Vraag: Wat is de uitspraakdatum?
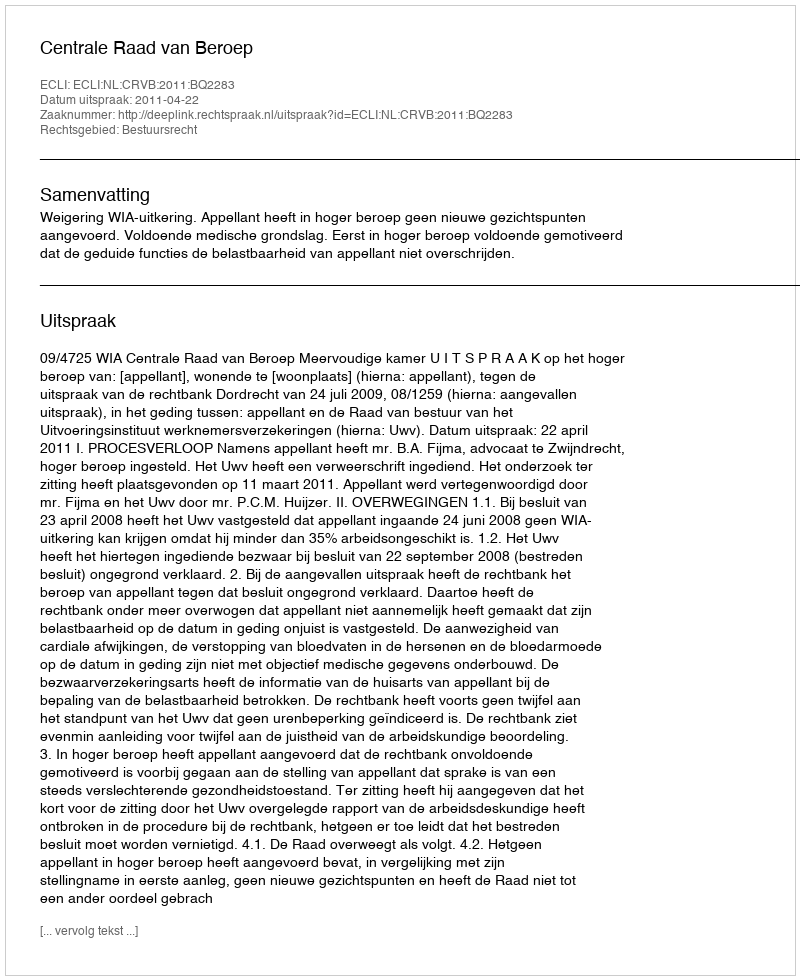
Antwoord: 2011-04-22